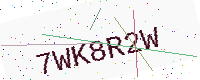
Text: 7WK8R2W